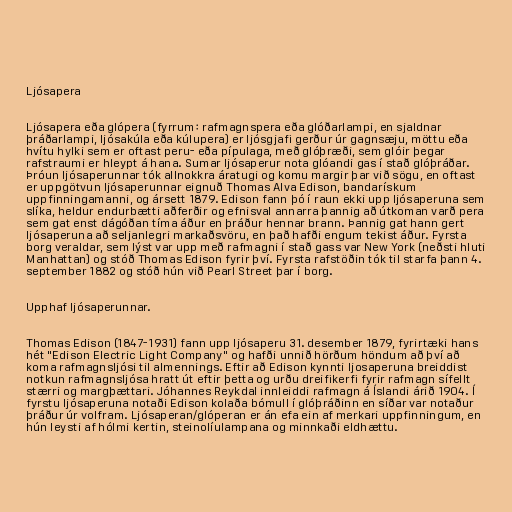
Ljósapera

Ljósapera eða glópera (fyrrum: rafmagnspera eða glóðarlampi, en sjaldnar
þráðarlampi, ljósakúla eða kúlupera) er ljósgjafi gerður úr gagnsæju, möttu eða
hvítu hylki sem er oftast peru- eða pípulaga, með glóþræði, sem glóir þegar
rafstraumi er hleypt á hana. Sumar ljósaperur nota glóandi gas í stað glóþráðar.
Þróun ljósaperunnar tók allnokkra áratugi og komu margir þar við sögu, en oftast
er uppgötvun ljósaperunnar eignuð Thomas Alva Edison, bandarískum
uppfinningamanni, og ársett 1879. Edison fann þó í raun ekki upp ljósaperuna sem
slíka, heldur endurbætti aðferðir og efnisval annarra þannig að útkoman varð pera
sem gat enst dágóðan tíma áður en þráður hennar brann. Þannig gat hann gert
ljósaperuna að seljanlegri markaðsvöru, en það hafði engum tekist áður. Fyrsta
borg veraldar, sem lýst var upp með rafmagni í stað gass var New York (neðsti hluti
Manhattan) og stóð Thomas Edison fyrir því. Fyrsta rafstöðin tók til starfa þann 4.
september 1882 og stóð hún við Pearl Street þar í borg.

Upphaf ljósaperunnar.

Thomas Edison (1847-1931) fann upp ljósaperu 31. desember 1879, fyrirtæki hans
hét "Edison Electric Light Company" og hafði unnið hörðum höndum að því að
koma rafmagnsljósi til almennings. Eftir að Edison kynnti ljosaperuna breiddist
notkun rafmagnsljósa hratt út eftir þetta og urðu dreifikerfi fyrir rafmagn sífellt
stærri og margþættari. Jóhannes Reykdal innleiddi rafmagn á Íslandi árið 1904. Í
fyrstu ljósaperuna notaði Edison kolaða bómull í glóþráðinn en síðar var notaður
þráður úr volfram. Ljósaperan/glóperan er án efa ein af merkari uppfinningum, en
hún leysti af hólmi kertin, steinolíulampana og minnkaði eldhættu.